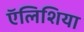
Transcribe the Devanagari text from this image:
ऍलिशिया